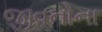
જીવનોના